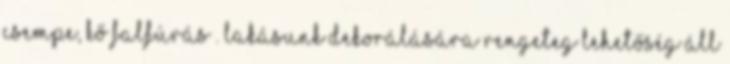
csempe, kő falfúrás . Lakásunk dekorálására rengeteg lehetőség áll